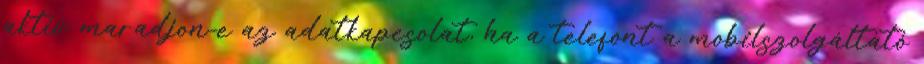
aktív maradjon-e az adatkapcsolat, ha a telefont a mobilszolgáltató